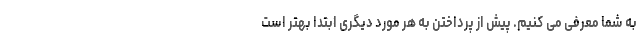
به شما معرفی می کنیم. پیش از پرداختن به هر مورد دیگری ابتدا بهتر است